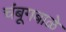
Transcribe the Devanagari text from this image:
चंबूगबाळे